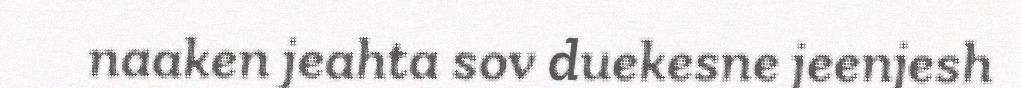
naaken jeahta sov duekesne jeenjesh